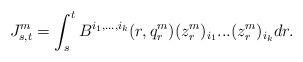
LaTeX: \begin{align*}J_{s,t}^m=\int_s^t B^{i_1,...,i_k}(r,q_r^m) (z_r^m)_{i_1}...(z_r^m)_{i_k} dr.\end{align*}